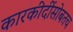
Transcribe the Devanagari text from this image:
कारकीर्दीसोबतच